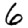
Digit: 6